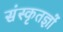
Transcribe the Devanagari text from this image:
संस्कृतज्ञों